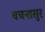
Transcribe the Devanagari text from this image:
वचनासुर